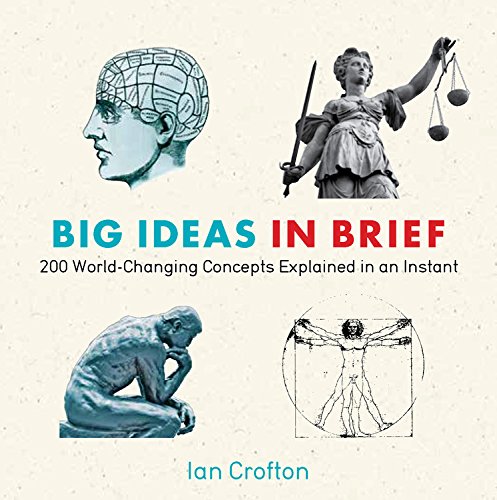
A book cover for Big Ideas in Brief: 200 World-Changing Concepts Explained In An Instant (Knowledge in a Flash); Ian Crofton; History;